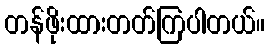
တန်ဖိုးထားတတ်ကြပါတယ်။